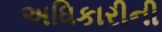
અધિકારીની